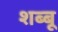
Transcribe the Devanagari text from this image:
शब्बू